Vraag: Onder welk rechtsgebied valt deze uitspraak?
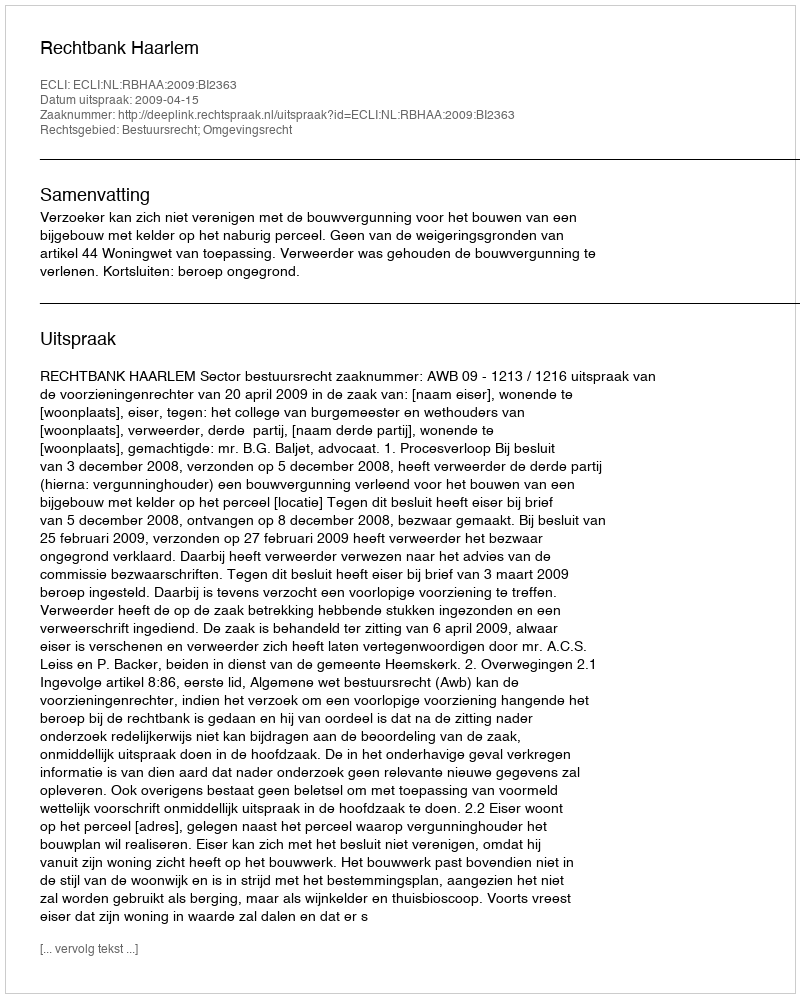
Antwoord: Bestuursrecht; Omgevingsrecht